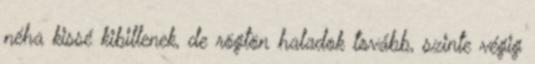
néha kissé kibillenek, de rögtön haladok tovább, szinte végig